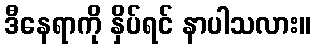
ဒီနေရာကို နှိပ်ရင် နာပါသလား။